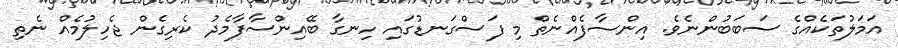
އަމަލުތަކެއްގެ ސަބަބުންނެވެ. އިންސާފެއްނެތް މި ފަސްގަނޑުގައި ހިނގާ ބޭއިންސާފާމެދު ކެރިގެން ޖެހިލުމެއް ނެތި